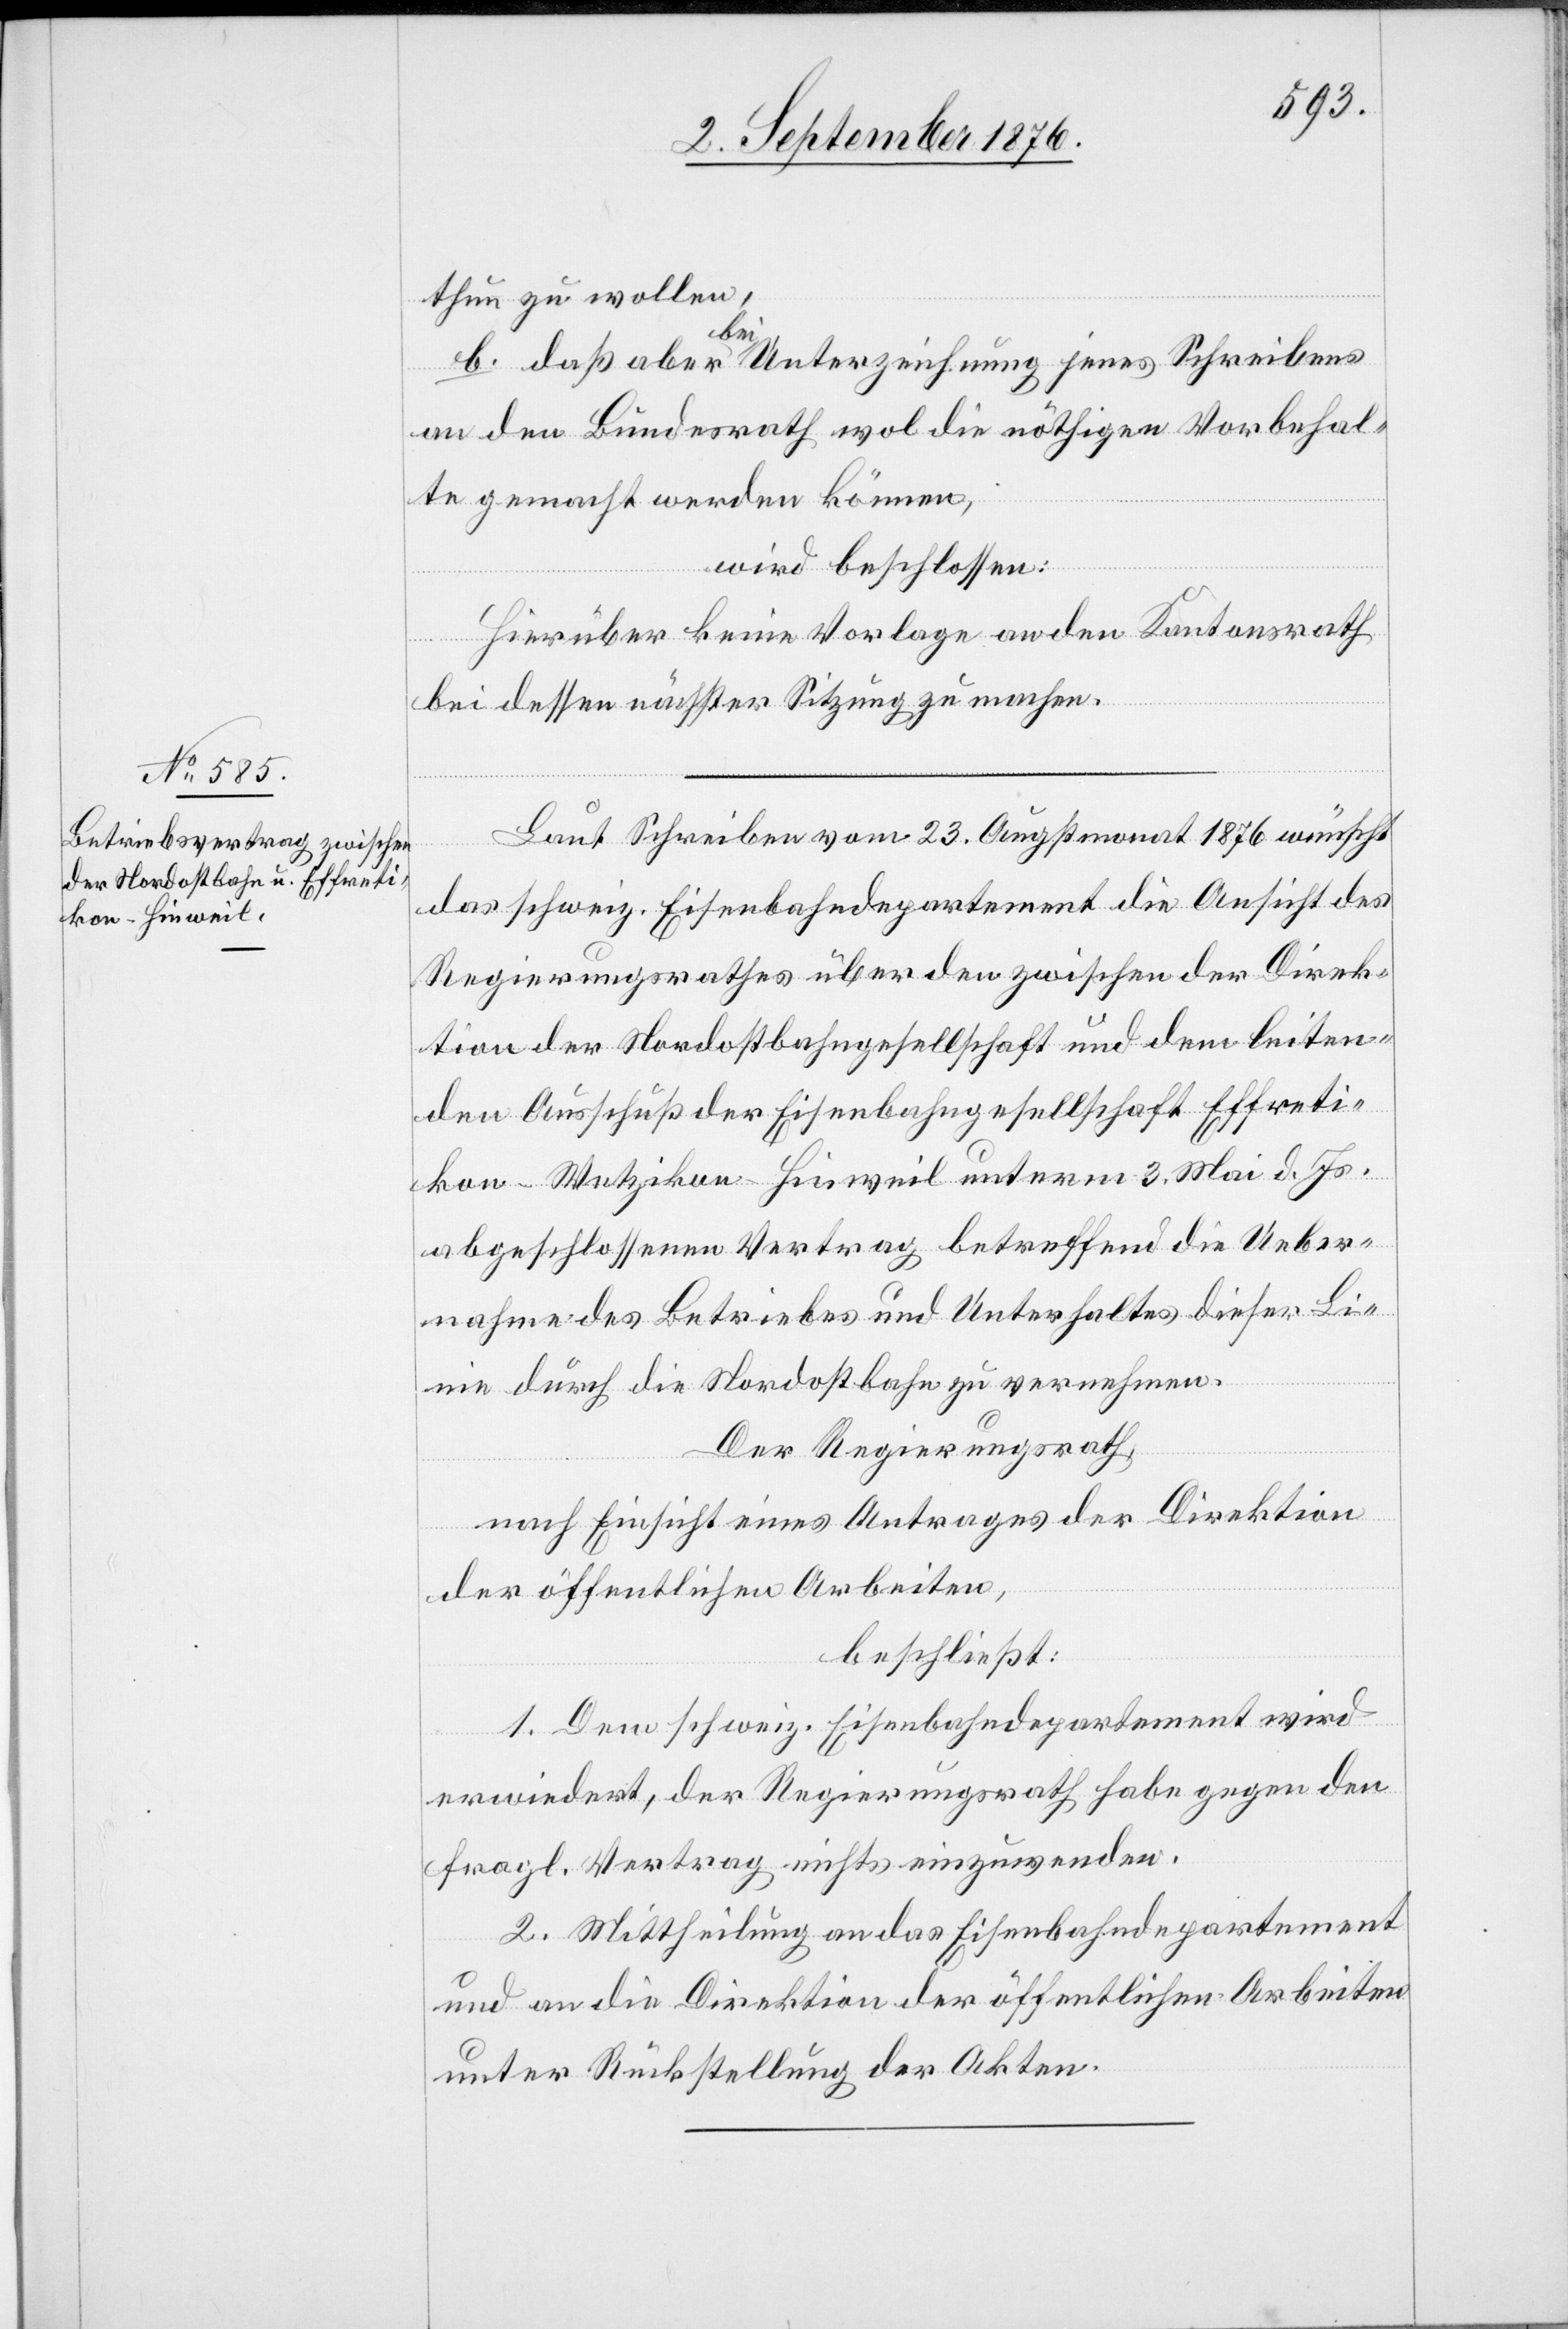
thun zu wollen,
b. daß aber bei Unterzeichnung jenes Schreibens
an den Bundesrath wol die nöthigen Vorbehal¬
te gemacht werden können,
wird beschlossen:
Hierüber keine Vorlage an den Kantonsrath
bei dessen nächster Sitzung zu machen.
Laut Schreiben vom 23. Augstmonat 1876 wünscht
das schweiz. Eisenbahndepartement die Ansicht des
Regierungsrathes über den zwischen der Direk¬
tion der Nationalbahngesellschaft und dem leiten¬
den Ausschuß der Eisenbahngesellschaft Effreti¬
kon–Wetzikon–Hinweil unterm 3. Mai d. Js.
abgeschlossenen Vertrag betreffend die Ueber¬
nahme des Betriebes und Unterhaltes dieser Li¬
nie durch die Nordostbahn zur vernehmen.
Der Regierungsrath,
nach Einsicht eines Antrages der Direktion
der öffentlichen Arbeiten,
beschließt:
1. Dem schweiz. Eisenbahndepartement wird
erwiedert, der Regierungsrath habe gegen den
fragl. Vertrag nichts einzuwenden.
2. Mittheilung an das Eisenbahndepartement
und an die Direktion der öffentlichen Arbeiten
unter Rückstellung der Akten.